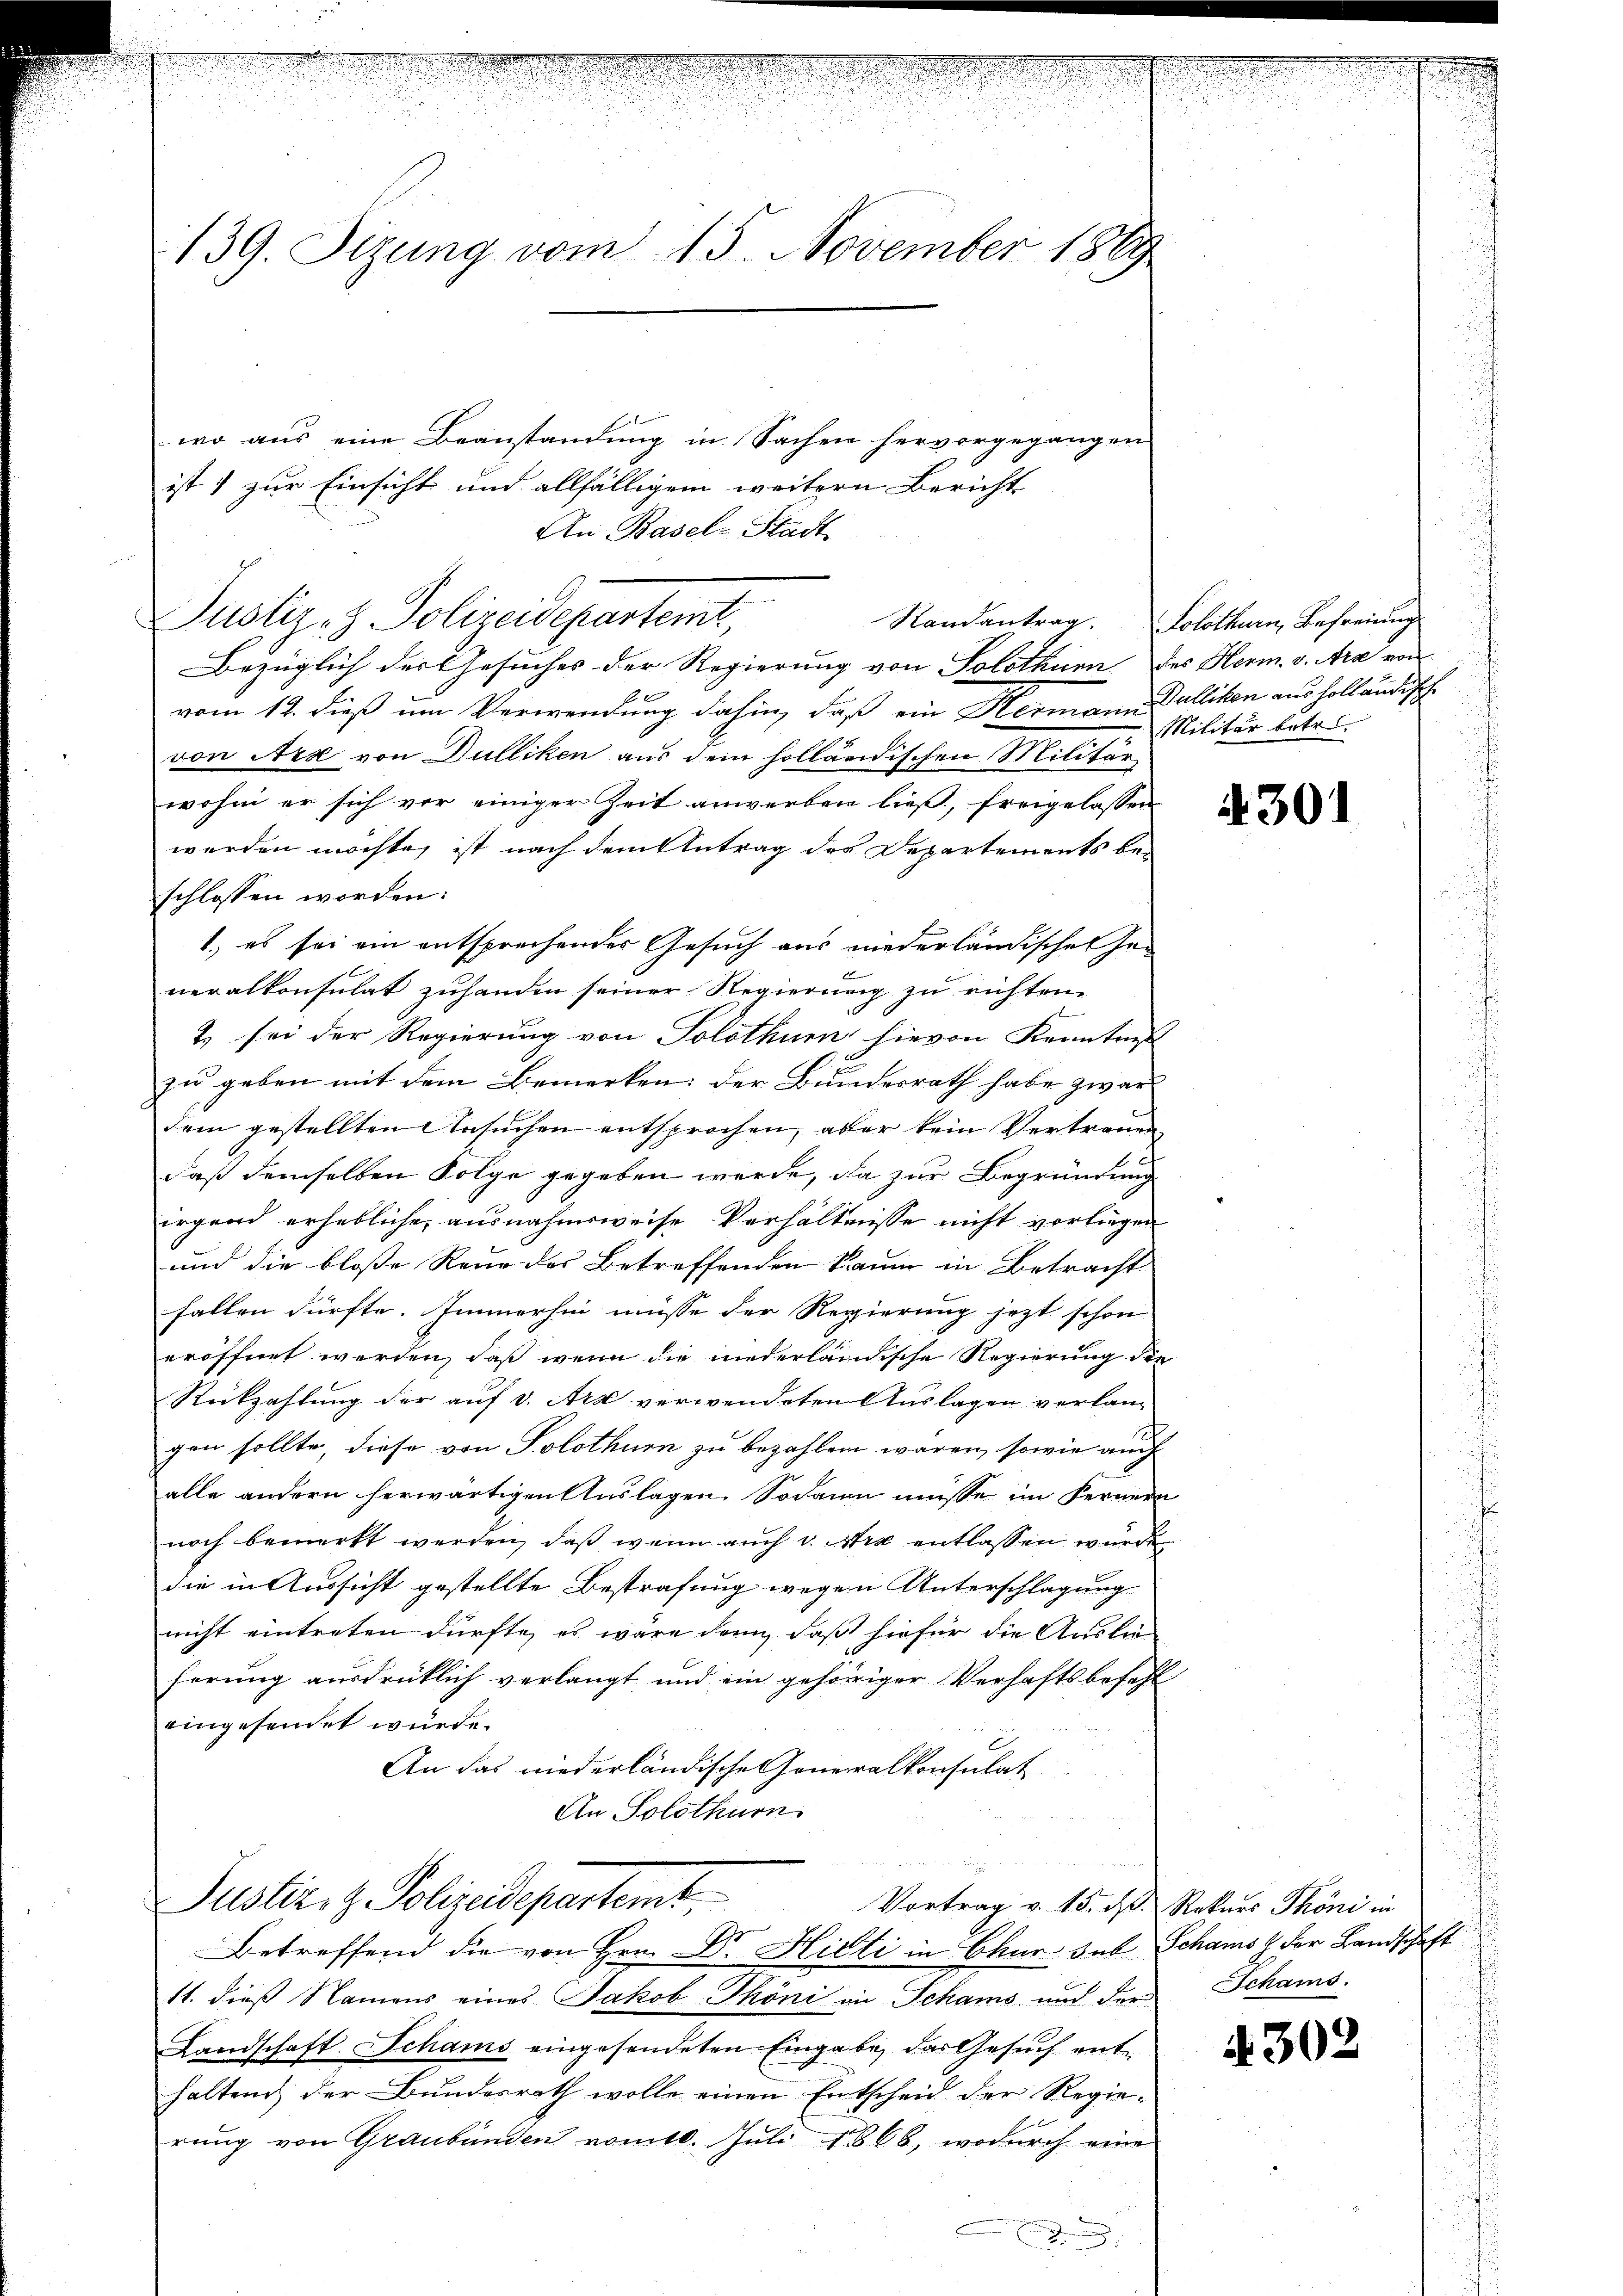
i
139. Sizung vom 15. November 1889

wo aus eine Beanstandung in Sachen hervorgegangen
ist) zur Einsicht und allfälligem weitern Bericht
An Basel-Stadt
Justiz- & Polizeidepartemt,
Bezüglich der Gesuches der Regierung von Solothurn des Herm. v. Ara von
vom 12. dieß um Verwendung dahin, daß ein Hermann Balliken aus holländische
von Arz von Dulliken aus dem holländischen Militär
wohne er sich vor einiger Zeit anwerben ließ, freigelassen
werden möchte, ist nach dem Antrag des Departements be-
schlossen worden:
1.) es sei ein entsprechendes Gesuch aus niederländischen Han
neralkonsulat zuhanden seiner Regierung zu richten.
2) sei der Regierung von Solothurn hievon Krantinst
zu geben mit dem Bemerken: der Bundesrath habe zwar
dem gestellten Ansuchen entsprochen, aber kein Vertrauen
daß demselben Folge gegeben werde, da zur Begründung
irgend erhebliche ausnahmsweise Verhältnisse nicht vorliegen
und die bloße Reue des Betreffenden kaum in Betracht
fallen dürfte. Immerhin müsse der Regierung jezt schon
eröffnet werden, daß wenn die niederländische Regierung die
Rückzahlung der auf 3. Art verwendeten Auslagen verlang
gen sollte, diese von Solothur zu bezahlen waren, sowie auch
alle andern herwärtigen Auslagen. Sodann müsse im Fernern
noch bemerkt werden, daß wenn auch v. Ara entlassen wurde
die in Aussicht gestellte Bestrafung wegen Unterschlagung
nicht eintreten dürfte, es wäre dann, daß hiefür die Auslieferung ausdrücklich verlangt und ein gehöriger Verhaftsbefehl
eingesendet würde.
An das niederländische Generalkonsulat
An Solothurn.
u

Justiz- & Polizeidepartemt,
Betreffend die von Hrn. Dr. Hitti in Chur sub Schaus der Landschaft

11. dieß Namens eines Jakob Phöni in Schams und der Schams.

Vortrag v. 15. d. Rekurs Phöni in

Randantrag. Solothurn, Befreiung
Militär betr.

Landschaft Schams eingesendeten Eingabe, das Gesuch enthaltend der Bundesrath wolle einen Entscheid der Regierung von Graubünden vom 10. Juli 1866, wodurch eine

A 301

4302